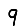
Digit: 9